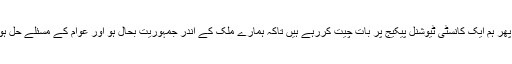
تو پھر ہم ایک کانسٹی ٹیوشنل پیکیج پر بات چیت کررہے ہیں تاکہ ہمارے ملک کے اندر جمہوریت بحال ہو اور عوام کے مسئلے حل ہوں۔